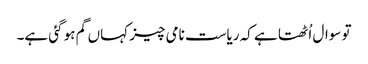
تو سوال اُٹھتا ہے کہ ریاست نامی چیز کہاں گم ہو گئی ہے۔